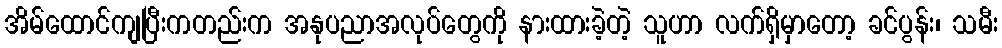
အိမ်ထောင်ကျပြီးကတည်းက အနုပညာအလုပ်တွေကို နားထားခဲ့တဲ့ သူဟာ လက်ရှိမှာတော့ ခင်ပွန်း၊ သမီး